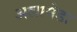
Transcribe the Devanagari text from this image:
अलामेडा